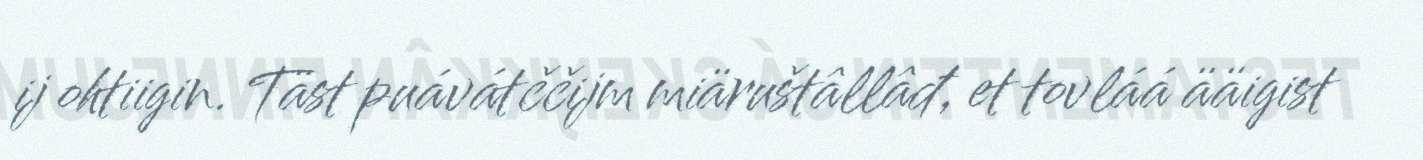
ij ohtiigin. Täst puávátččijm miäruštâllâđ, et tovláá ääigist